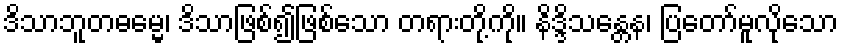
ဒိသာဘူတဓမ္မေ၊ ဒိသာဖြစ်၍ဖြစ်သော တရားတို့ကို။ နိဒ္ဒိသန္တေန၊ ပြတော်မူလိုသော